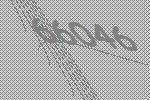
66046